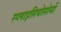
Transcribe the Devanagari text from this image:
स्प्लाइसियोसोमों